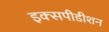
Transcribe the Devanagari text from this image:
इक्सपीडीशन